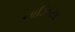
નાઝિયા